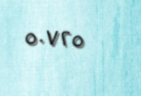
٥٠٧٢٥